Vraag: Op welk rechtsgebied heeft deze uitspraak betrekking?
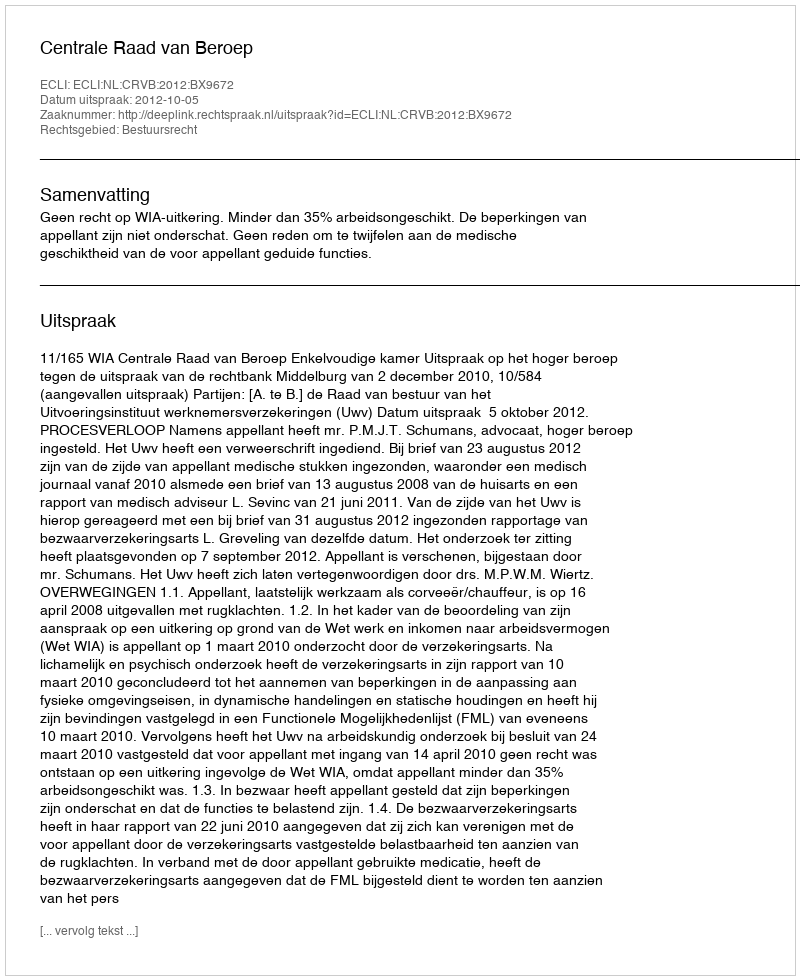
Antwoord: Bestuursrecht